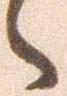
々